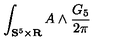
\int _ { \mathbf { S } ^ { 5 } \times \mathbf { R } } A \wedge \frac { G _ { 5 } } { 2 \pi }